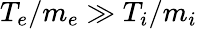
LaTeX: {T_{e}/m_{e}\gg T_{i}/m_{i}}